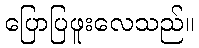
ပြောပြဖူးလေသည်။